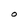
Character: O